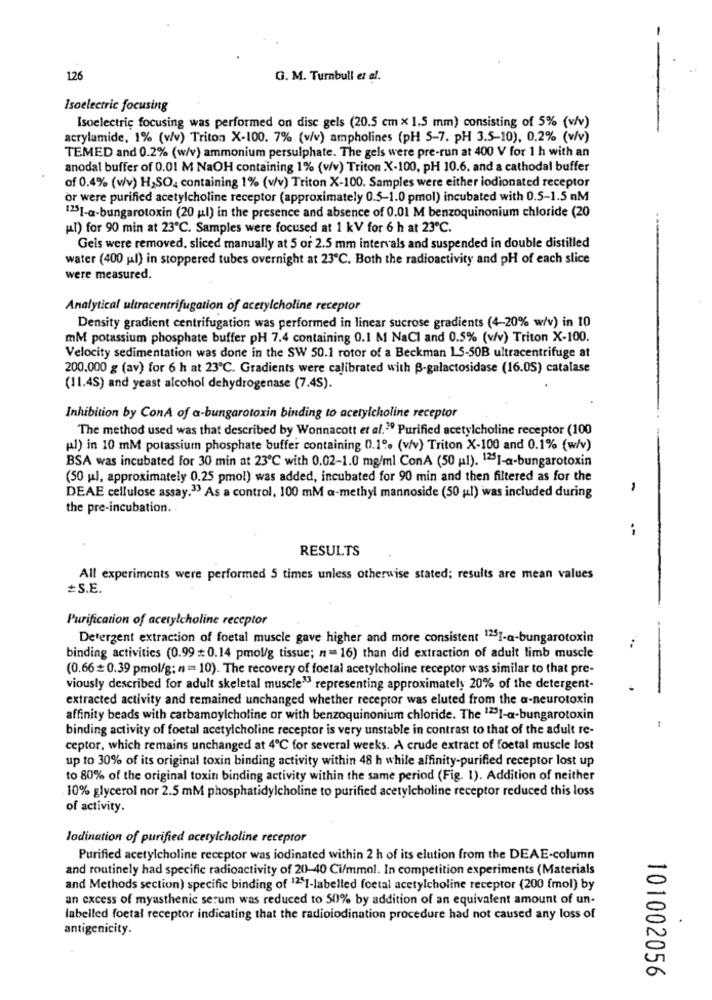
126
G. M. Turnbull et al.
Isoelectric focusing
Isoelectric focusing was performed on disc gels (20.5 cm × 1.5 mm) consisting of 5% (v/v)
acrylamide, 1% (v/v) Triton X-100. 7% (v/v) ampholines (pH 5-7. pH 3.5-10), 0.2% (v/v)
TEMED and 0.2% (w/v) ammonium persulphate. The gels were pre-run at 400 V for 1 h with an
anodal buffer of 0.01 M NaOH containing 1% (v/v) Triton X-100, pH 10.6. and a cathodal buffer
of 0.4% (v/v) H2SO, containing 1% (v/v) Triton X-100. Samples were either iodionated receptor
or were purified acetylcholine receptor (approximately 0.5-1.0 pmol) incubated with 0.5-1.5 nM
1251-a-bungarotoxin (20 ul) in the presence and absence of 0.01 M benzoquinonium chloride (20
(t) for 90 min at 23℃. Samples were focused at 1 kV for 6 h at 23℃.
Geis were removed, sliced manually at 5 or 2.5 mm intervals and suspended in double distilled
water (400 ul) in stoppered tubes overnight at 23℃. Both the radioactivity and pH of each slice
were measured.
Analytical ultracentrifugation of acetylcholine receptor
Density gradient centrifugation was performed in linear sucrose gradients (4-20% w/v) in 10
mM potassium phosphate buffer pH 7.4 containing 0.1 M NaCl and 0.5% (v/v) Triton X-100.
Velocity sedimentation was done in the SW 50.1 rotor of a Beckman LS-50B ultracentrifuge at
200.000 g (av) for 6 h at 23℃. Gradients were calibrated with B-galactosidase (16.0S) catalase
(11.4S) and yeast alcohol dehydrogenase (7.4S).
Inhibition by ConA of a-bungarotoxin binding to acetylcholine receptor
The method used was that described by Wonnacott et al.2º Purified acetylcholine receptor (100
(al) in 10 mM potassium phosphate buffer containing 0.1º. (v/v) Triton X-100 and 0.1% (w/v)
BSA was incubated for 30 min at 23℃ with 0.02-1.0 mg/ml ConA (50 ml). 1251-a-bungarotoxin
(50 ul, approximately 0.25 pmol) was added, incubated for 90 min and then filtered as for the
DEAE cellulose assay.33 As a control, 100 mM a-methyl mannoside (50 ul) was included during
the pre-incubation.
RESULTS
All experiments were performed 5 times unless otherwise stated; results are mean values
=S.E.
Purification of acetylcholine receptor
Detergent extraction of foetal muscle gave higher and more consistent 1251-a-bungarotoxin
binding activities (0.99 0.14 pmol/g tissue; n= 16) than did extraction of adult limb muscle
(0.66+ 0.39 pmol/g; n = 10). The recovery of foetal acetylcholine receptor was similar to that pre-
viously described for adult skeletal muscle"3 representing approximately 20% of the detergent-
-
extracted activity and remained unchanged whether receptor was eluted from the a-neurotoxin
affinity beads with carbamoylcholine or with benzoquinonium chloride. The 1231-a-bungarotoxin
binding activity of foetal acetylcholine receptor is very unstable in contrast to that of the adult re-
ceptor, which remains unchanged at 4℃ for several weeks. A crude extract of foetal muscle lost
up to 30% of its original toxin binding activity within 48 h while affinity-purified receptor lost up
to 80% of the original toxin binding activity within the same period (Fig. 1). Addition of neither
10% glycerol nor 2.5 mM phosphatidylcholine to purified acetylcholine receptor reduced this loss
of activity.
lodination of purified acetylcholine receptor
Purified acetylcholine receptor was iodinated within 2 h of its elution from the DEAE-column
and routinely had specific radioactivity of 20-40 Ci/mmol. In competition experiments (Materials
and Methods section) specific binding of 12SI-labelled foetal acetylcholine receptor (200 (mol) by
an excess of myasthenic serum was reduced to 50% by addition of an equivalent amount of un-
labelled foetal receptor indicating that the radioiodination procedure had not caused any loss of
antigenicity.
101002056